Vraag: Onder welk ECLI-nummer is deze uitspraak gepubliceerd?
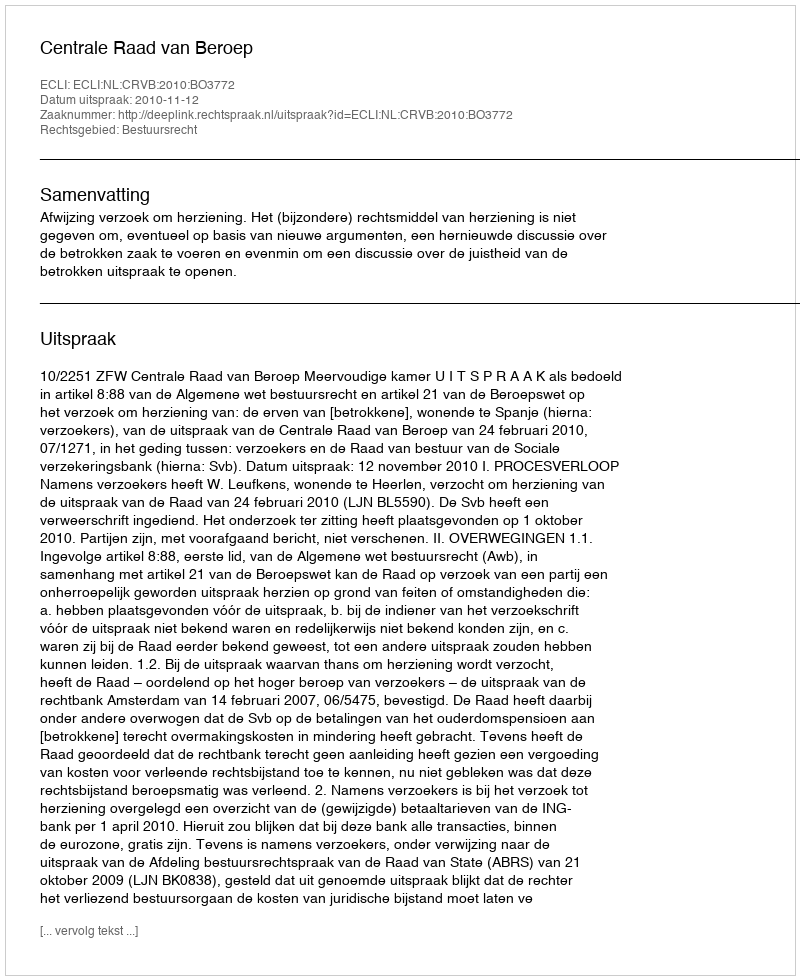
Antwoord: ECLI:NL:CRVB:2010:BO3772